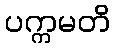
ပက္ကမတိ